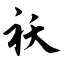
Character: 袄